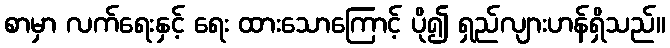
စာမှာ လက်ရေးနှင့် ရေး ထားသောကြောင့် ပို၍ ရှည်လျားဟန်ရှိသည်။